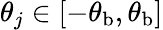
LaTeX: \theta_{j}\in[-\theta_{\mathrm{b}},\theta_{\mathrm{b}}]